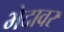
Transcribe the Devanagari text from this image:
भेदावर